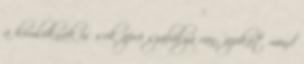
a homloknak is sok apró szabálya van, azokat mind